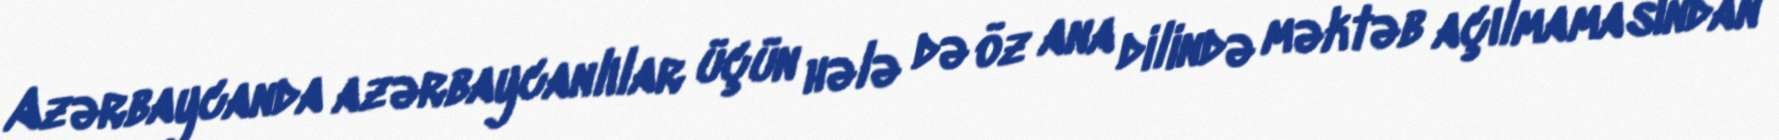
Azərbaycanda azərbaycanlılar üçün hələ də öz ana dilində məktəb açılmamasından